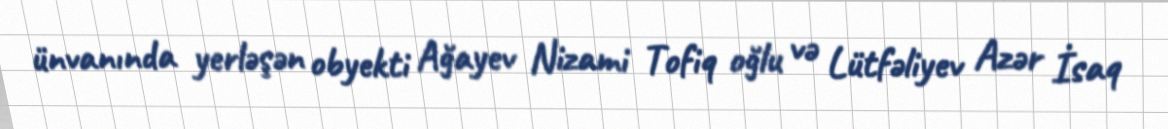
ünvanında yerləşən obyekti Ağayev Nizami Tofiq oğlu və Lütfəliyev Azər İsaq